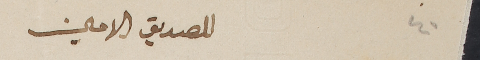
٤٠			للصديق الامين